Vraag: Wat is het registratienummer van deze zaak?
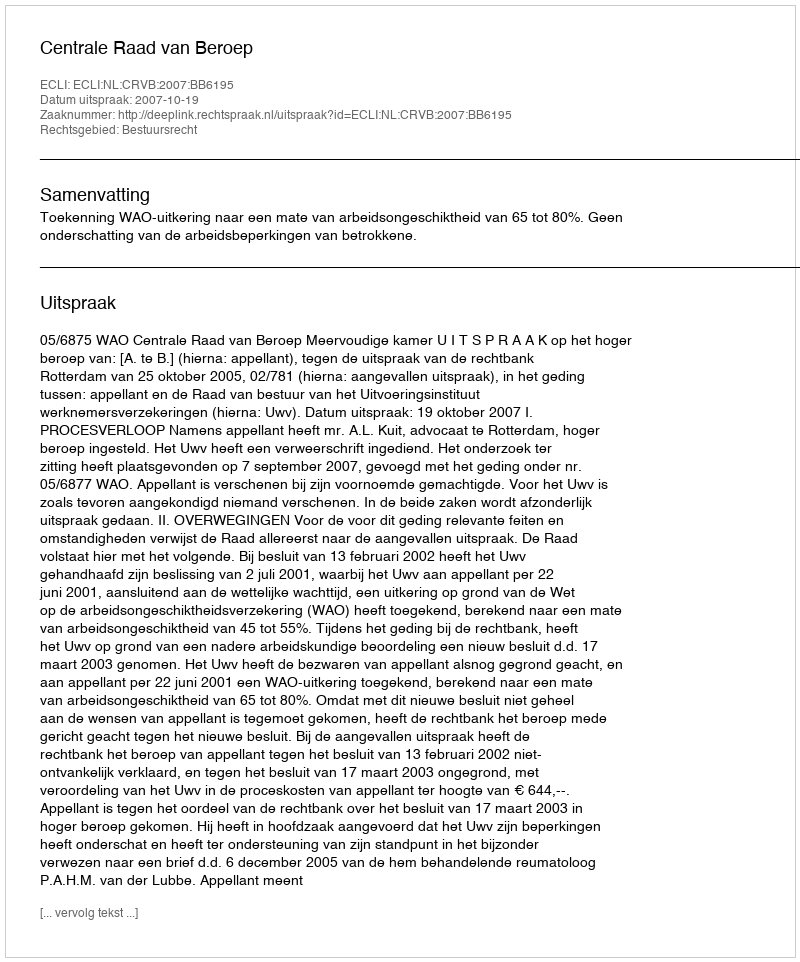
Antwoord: http://deeplink.rechtspraak.nl/uitspraak?id=ECLI:NL:CRVB:2007:BB6195